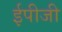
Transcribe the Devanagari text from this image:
ईपीजी